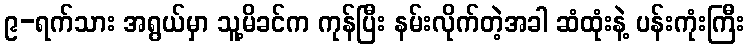
၉-ရက်သား အရွယ်မှာ သူ့မိခင်က ကုန်ပြီး နမ်းလိုက်တဲ့အခါ ဆံထုံးနဲ့ ပန်းကုံးကြီး